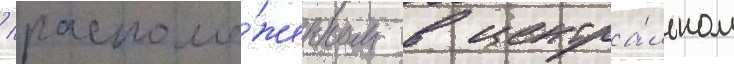
/ располо́женном в центра́льном